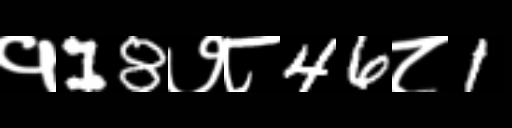
Text: १18७८46८1